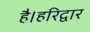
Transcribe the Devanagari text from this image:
है।हरिद्वार